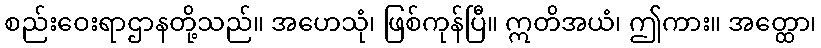
စည်းဝေးရာဌာနတို့သည်။ အဟေသုံ၊ ဖြစ်ကုန်ပြီ။ ဣတိအယံ၊ ဤကား။ အတ္ထော၊